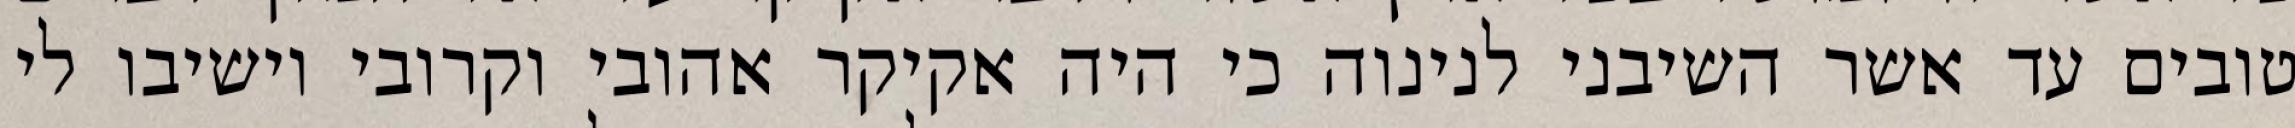
טובים עד אשר השיבני לנינוה כי היה אקיקר אהובי וקרובי וישיבו לי